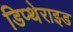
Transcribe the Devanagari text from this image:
डिप्थेराइड